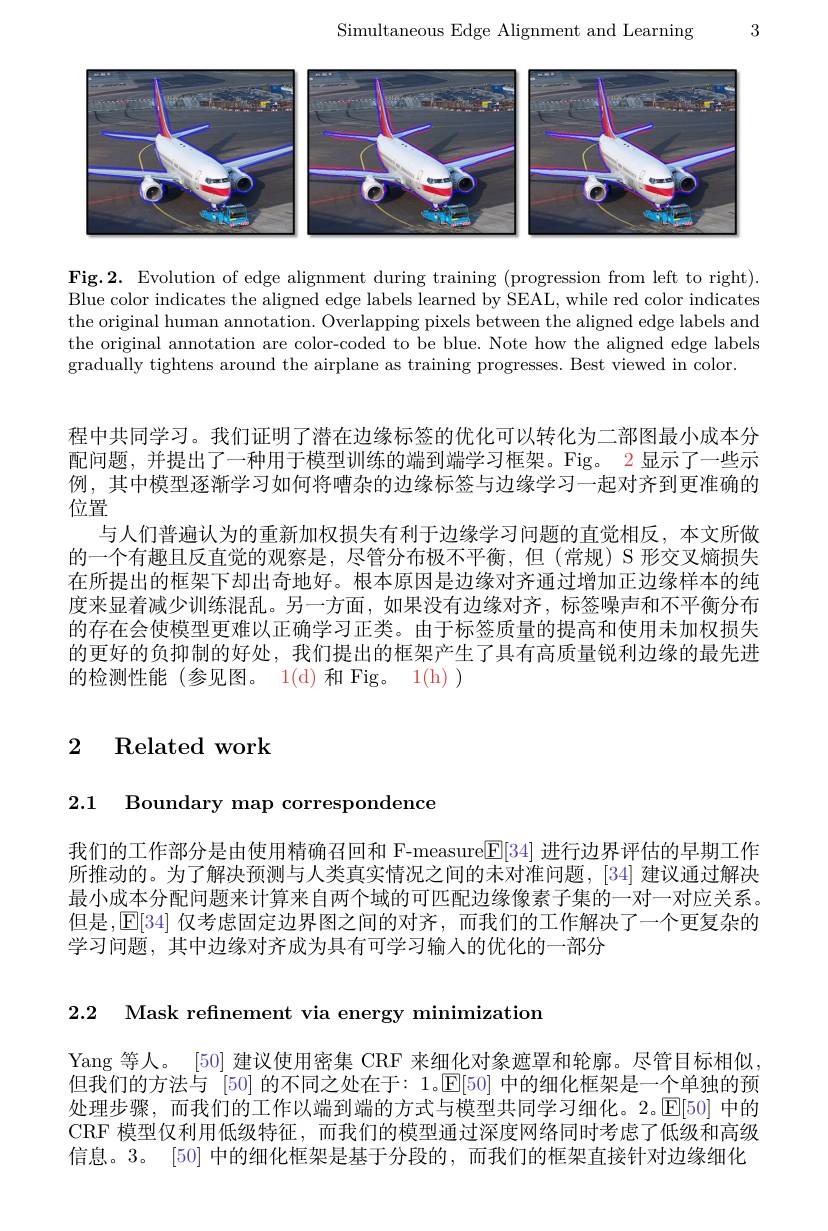
Simultaneous Edge Alignment and Learning

3

<FigureHere>

Fig.2. Evolution of edge alignment during training (progression from left to right). Blue color indicates the aligned edge labels learned by SEAL, while red color indicates the original human annotation. Overlapping pixels between the aligned edge labels and the original annotation are color-coded to be blue. Note how the aligned edge labels gradually tightens around the airplane as training progresses. Best viewed in color.

程中共同学习。我们证明了潜在边缘标签的优化可以转化为二部图最小成本分配问题，并提出了一种用于模型训练的端到端学习框架。Fig。2 显示了一些示例，其中模型逐渐学习如何将嘈杂的边缘标签与边缘学习一起对齐到更准确的位置
与人们普遍认为的重新加权损失有利于边缘学习问题的直觉相反，本文所做的一个有趣且反直觉的观察是，尽管分布极不平衡，但(常规)S形交叉熵损失在所提出的框架下却出奇地好。根本原因是边缘对齐通过增加正边缘样本的纯度来显着减少训练混乱。另一方面，如果没有边缘对齐，标签噪声和不平衡分布的存在会使模型更难以正确学习正类。由于标签质量的提高和使用未加权损失的更好的负抑制的好处，我们提出的框架产生了具有高质量锐利边缘的最先进的检测性能(参见图。1(d)和Fig。1(h) )

# 2 Related work

2.1 Boundary map correspondence

我们的工作部分是由使用精确召回和 F-measure$\mathbb{E}[34]$进行边界评估的早期工作所推动的。为了解决预测与人类真实情况之间的未对准问题，[34] 建议通过解决最小成本分配问题来计算来自两个域的可匹配边缘像素子集的一对一对应关系。但是，E[34] 仅考虑固定边界图之间的对齐，而我们的工作解决了一个更复杂的学习问题，其中边缘对齐成为具有可学习输入的优化的一部分

2.2 Mask refinement via energy minimization

Yang 等人。[50] 建议使用密集 CRF 来细化对象遮罩和轮廓。尽管目标相似但我们的方法与[50]的不同之处在于：1。$\mathbb{E}[50]$中的细化框架是一个单独的预处理步骤，而我们的工作以端到端的方式与模型共同学习细化。2。[E[50] 中的CRF 模型仅利用低级特征，而我们的模型通过深度网络同时考虑了低级和高级信息。3。[50] 中的细化框架是基于分段的，而我们的框架直接针对边缘细化